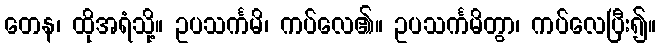
တေန၊ ထိုအရံသို့။ ဥပသင်္ကမိ၊ ကပ်လေ၏။ ဥပသင်္ကမိတွာ၊ ကပ်လေပြီး၍။